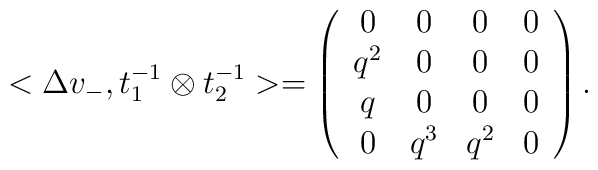
<\Delta  v_{-},t_{1}^{-1} \otimes t_{2}^{-1}>= \left(\begin{array}{cccc}0&0&0&0\\q^{2}&0&0&0\\q&0&0&0\\0&q^{3}&q^{2}&0\end{array}\right).